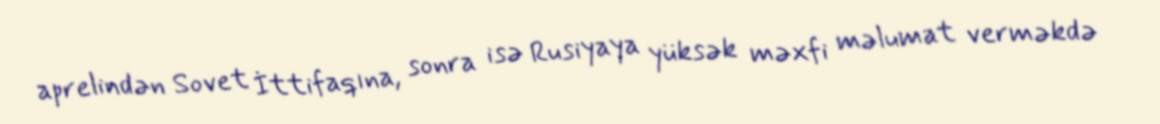
aprelindən Sovet İttifaqına, sonra isə Rusiyaya yüksək məxfi məlumat verməkdə